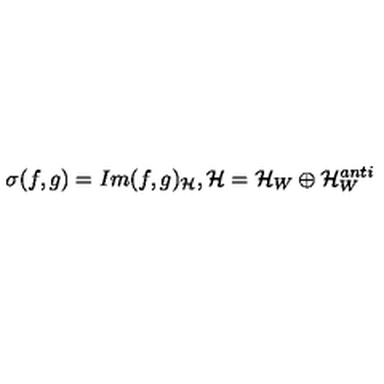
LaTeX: \sigma ( f , g ) = I m ( f , g ) _ { \cal H } , { \cal H } = { \cal H } _ { W } \oplus { \cal H } _ { W } ^ { a n t i }